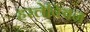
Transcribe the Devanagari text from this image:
हरलेक्विन